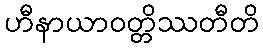
ဟီနာယာဝတ္တိဿတီတိ